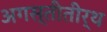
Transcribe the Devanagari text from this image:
अगस्तीतीर्थ